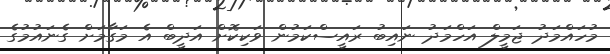
މުހައްމަދު ޖަމީލް އަހްމަދު ނައިބު ރައީސްކަމުން ވަކިކޮށް އަދީބް އެ މަގާމަށް ގެނައުމުގެ